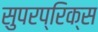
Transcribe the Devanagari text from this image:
सुपरप्रिक्स